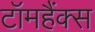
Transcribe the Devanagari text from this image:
टॉमहैंक्स